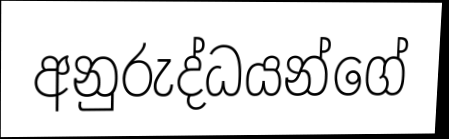
අනුරුද්ධයන්ගේ